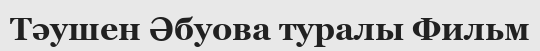
Тәушен Әбуова туралы Фильм